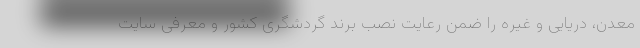
معدن، دریایی و غیره را ضمن رعایت نصب برند گردشگری کشور و معرفی سایت